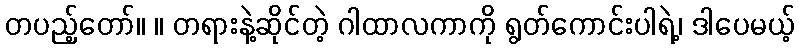
တပည့်တော်။ ။ တရားနဲ့ဆိုင်တဲ့ ဂါထာလကာကို ရွတ်ကောင်းပါရဲ့၊ ဒါပေမယ့်